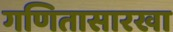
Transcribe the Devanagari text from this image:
गणितासारखा